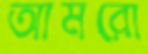
আমরো